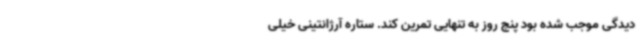
دیدگی موجب شده بود پنج روز به تنهایی تمرین کند. ستاره آرژانتینی خیلی